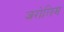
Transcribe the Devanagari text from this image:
जरोलिम